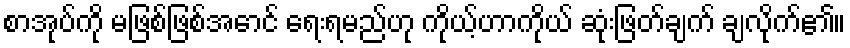
စာအုပ်ကို မဖြစ်ဖြစ်အောင် ရေးရမည်ဟု ကိုယ့်ဟာကိုယ် ဆုံးဖြတ်ချက် ချလိုက်၏။